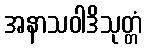
အနာသဝါဒိသုတ္တံ